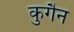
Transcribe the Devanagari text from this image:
कुगैन